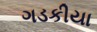
ગડકીયા